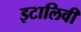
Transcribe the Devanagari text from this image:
इटालिवी